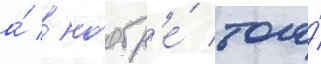
а́ в ноабр'е́ того́